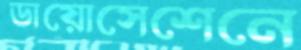
ডায়োসেশেনে